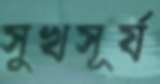
সুখসূর্য